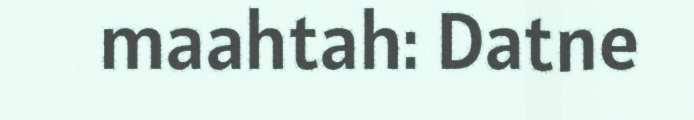
maahtah: Datne